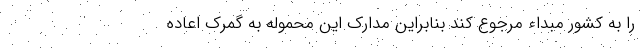
را به کشور مبداء مرجوع کند بنابراین مدارک این محموله به گمرک اعاده